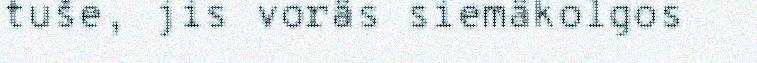
tuše, jis vorâs siemâkolgos